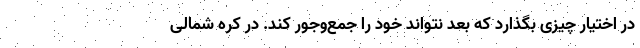
در اختیار چیزی بگذارد که بعد نتواند خود را جمع‌وجور کند. در کره شمالی